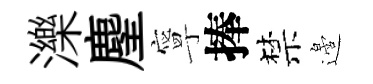
濼麈寧捧禁邉